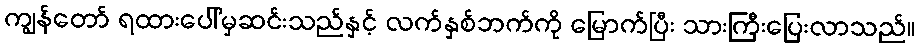
ကျွန်တော် ရထားပေါ်မှဆင်းသည်နှင့် လက်နှစ်ဘက်ကို မြောက်ပြီး သားကြီးပြေးလာသည်။